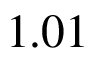
1 . 0 1